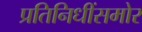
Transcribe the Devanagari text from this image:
प्रतिनिधींसमोर